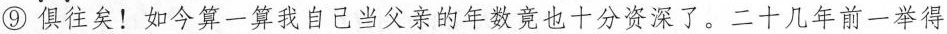
⑨俱住矣！如今算一算我自己当父亲的年数竟也十分资深了。二十几年前一举得